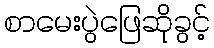
စာမေးပွဲဖြေဆိုခွင့်